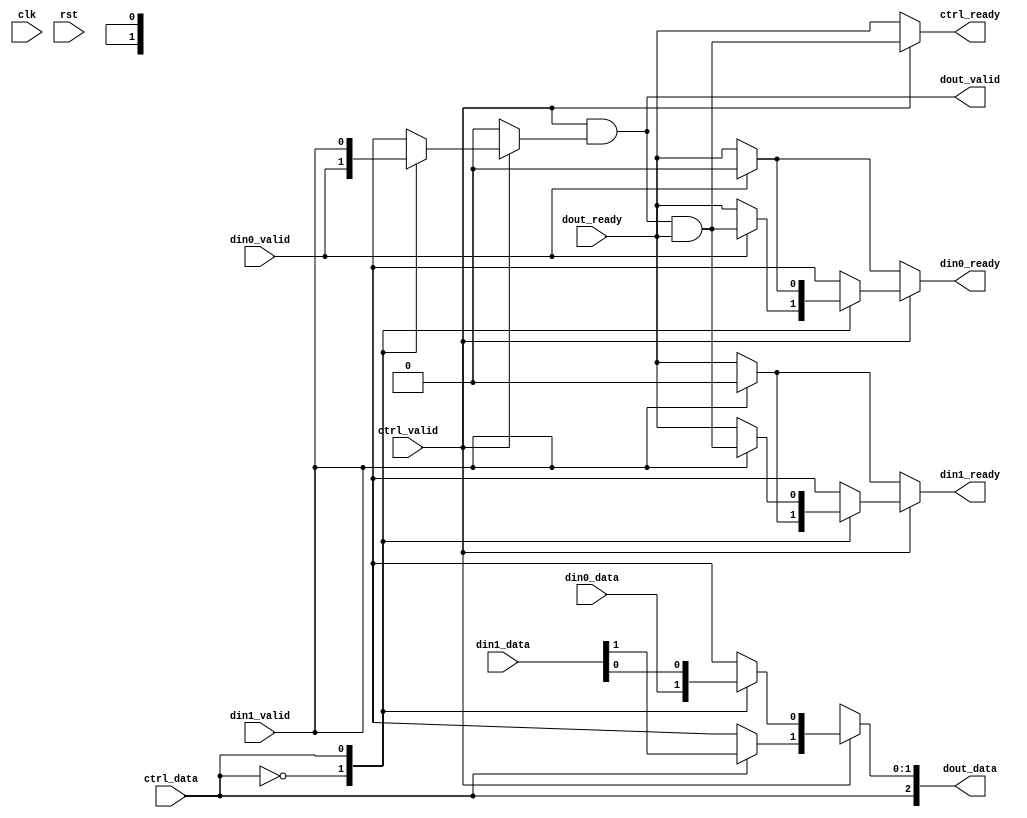
module mux
(
    input clk,
    input rst,
    output reg  ctrl_ready,
    input  wire ctrl_valid,
    input  wire [0:0] ctrl_data,
    output reg  din0_ready,
    input  wire din0_valid,
    input  wire [0:0] din0_data,
    output reg  din1_ready,
    input  wire din1_valid,
    input  wire [1:0] din1_data,
    input  wire         dout_ready,
    output reg          dout_valid,
    output wire  [2:0] dout_data

);
    wire [0:0] ctrl_s; // u1

    wire [0:0] din0_s; // u1

    wire [1:0] din1_s; // u2

    reg [2:0] dout_s; // u1 | u2
    reg [1:0] dout_s_data; // u2
    assign dout_s[1:0] = dout_s_data;
    reg [0:0] dout_s_ctrl; // u1
    assign dout_s[2:2] = dout_s_ctrl;


    assign ctrl_s = ctrl_data;
    assign din0_s = din0_data;
    assign din1_s = din1_data;

    assign dout_data = dout_s;

    wire handshake;
    reg din_valid_sel;

    assign handshake = dout_valid && dout_ready;

    always @*
    begin
        din0_ready = din0_valid ? 0 : dout_ready;
        din1_ready = din1_valid ? 0 : dout_ready;
        dout_s_data = { 2 {1'bx}};
        din_valid_sel = 0;
        if (ctrl_valid) begin
            case( ctrl_data )
                0 : begin
                    din_valid_sel = din0_valid;
                    dout_s_data[0:0] = din0_s;
                    din0_ready = din0_valid ? handshake : dout_ready;
                end
                1 : begin
                    din_valid_sel = din1_valid;
                    dout_s_data[1:0] = din1_s;
                    din1_ready = din1_valid ? handshake : dout_ready;
                end
                default: begin
                    din0_ready = dout_ready;
                    din1_ready = dout_ready;
                    din_valid_sel = 1'bx;
                end
            endcase
        end
    end

    assign ctrl_ready = ctrl_valid ? handshake : dout_ready;
    assign dout_s_ctrl = ctrl_s;
    assign dout_valid = ctrl_valid && din_valid_sel;



endmodule